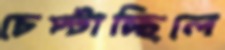
চেপ্‌টাচ্ছিলে